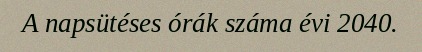
A napsütéses órák száma évi 2040.